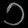
Digit: ၁